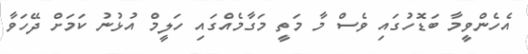
އެހެންވީމާ ބަޑޮހުގައި ވެސް މާ މަތީ މަގާމެއްގައި ހަލީމް އުޅުނު ކަމަށް ދޭހަވާ